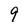
Character: 9